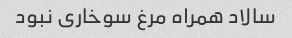
سالاد همراه مرغ سوخاری نبود